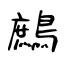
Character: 鷓